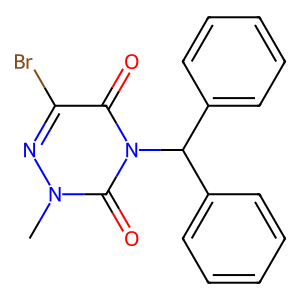
SMILES: Cn1nc(Br)c(=O)n(C(c2ccccc2)c2ccccc2)c1=O
Inhibits HIV replication: No